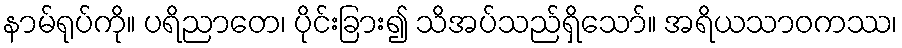
နာမ်ရုပ်ကို။ ပရိညာတေ၊ ပိုင်းခြား၍ သိအပ်သည်ရှိသော်။ အရိယသာဝကဿ၊